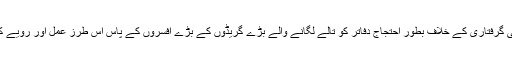
اب احد چیمہ کی گرفتاری کے خلاف بطور احتجاج دفاتر کو تالے لگانے والے بڑے گریڈوں کے بڑے افسروں کے پاس اس طرز عمل اور رویے کا کیا جواز ہے۔